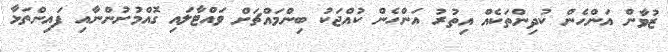
ޒުވާން އަންހެން ކުދިންތަކެއް އިތުރު އަންހެން ކުއްޖަކު ބިންމައްޗަށް ވައްޓާލައި ގޮއްމުށުންނާއި ފައިންތަޅާ